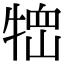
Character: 𤚞